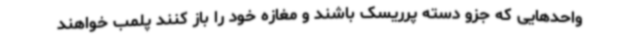
واحدهایی که جزو دسته پرریسک باشند و مغازه خود را باز کنند پلمب خواهند